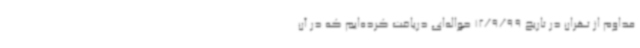
مداوم از تهران در تاریخ 12/9/99 حواله‌ای دریافت کرده‌ایم که در آن